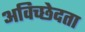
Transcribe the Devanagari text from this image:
अविच्छेदता